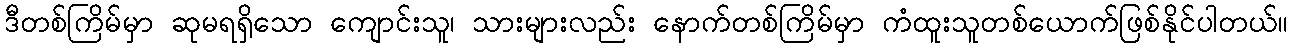
ဒီတစ်ကြိမ်မှာ ဆုမရရှိသော ကျောင်းသူ၊ သားများလည်း နောက်တစ်ကြိမ်မှာ ကံထူးသူတစ်ယောက်ဖြစ်နိုင်ပါတယ်။